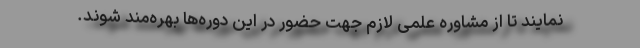
نمایند تا از مشاوره علمی لازم جهت حضور در این دوره‌ها بهره‌مند شوند.